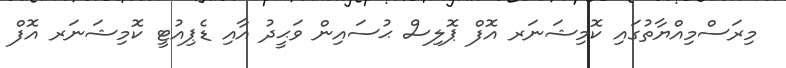
މިރަސްމިއްޔާތުގައި ކޮމިޝަނަރ އޮފް ޕޮލިސް ޙުސައިން ވަޙީދު އާއި ޑެޕިއުޓީ ކޮމިޝަނަރ އޮފް